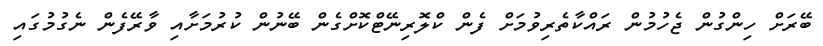
ބޭރަށް ހިންގުން ޖެހުމުން ރައްކާތެރިވުމަށް ފެން ކްލޮރިނޭޓްކޮށްގެން ބޭނުން ކުރުމަށާއި ވާރޭފެން ނެގުމުގައި